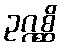
ဥဂ္ဂစ္ဆိ